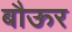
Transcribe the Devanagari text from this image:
बौऊर